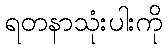
ရတနာသုံးပါးကို